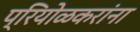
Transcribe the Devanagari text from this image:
प्रियोळकरांना